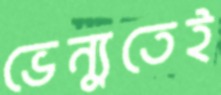
ভেন্যুতেই